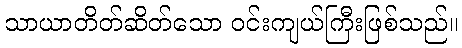
သာယာတိတ်ဆိတ်သော ဝင်းကျယ်ကြီးဖြစ်သည်။